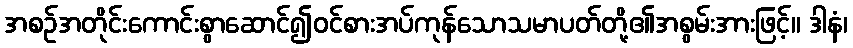
အစဉ်အတိုင်းကောင်းစွာဆောင်၍ဝင်စားအပ်ကုန်သောသမာပတ်တို့၏အစွမ်းအားဖြင့်။ ဒါနံ၊